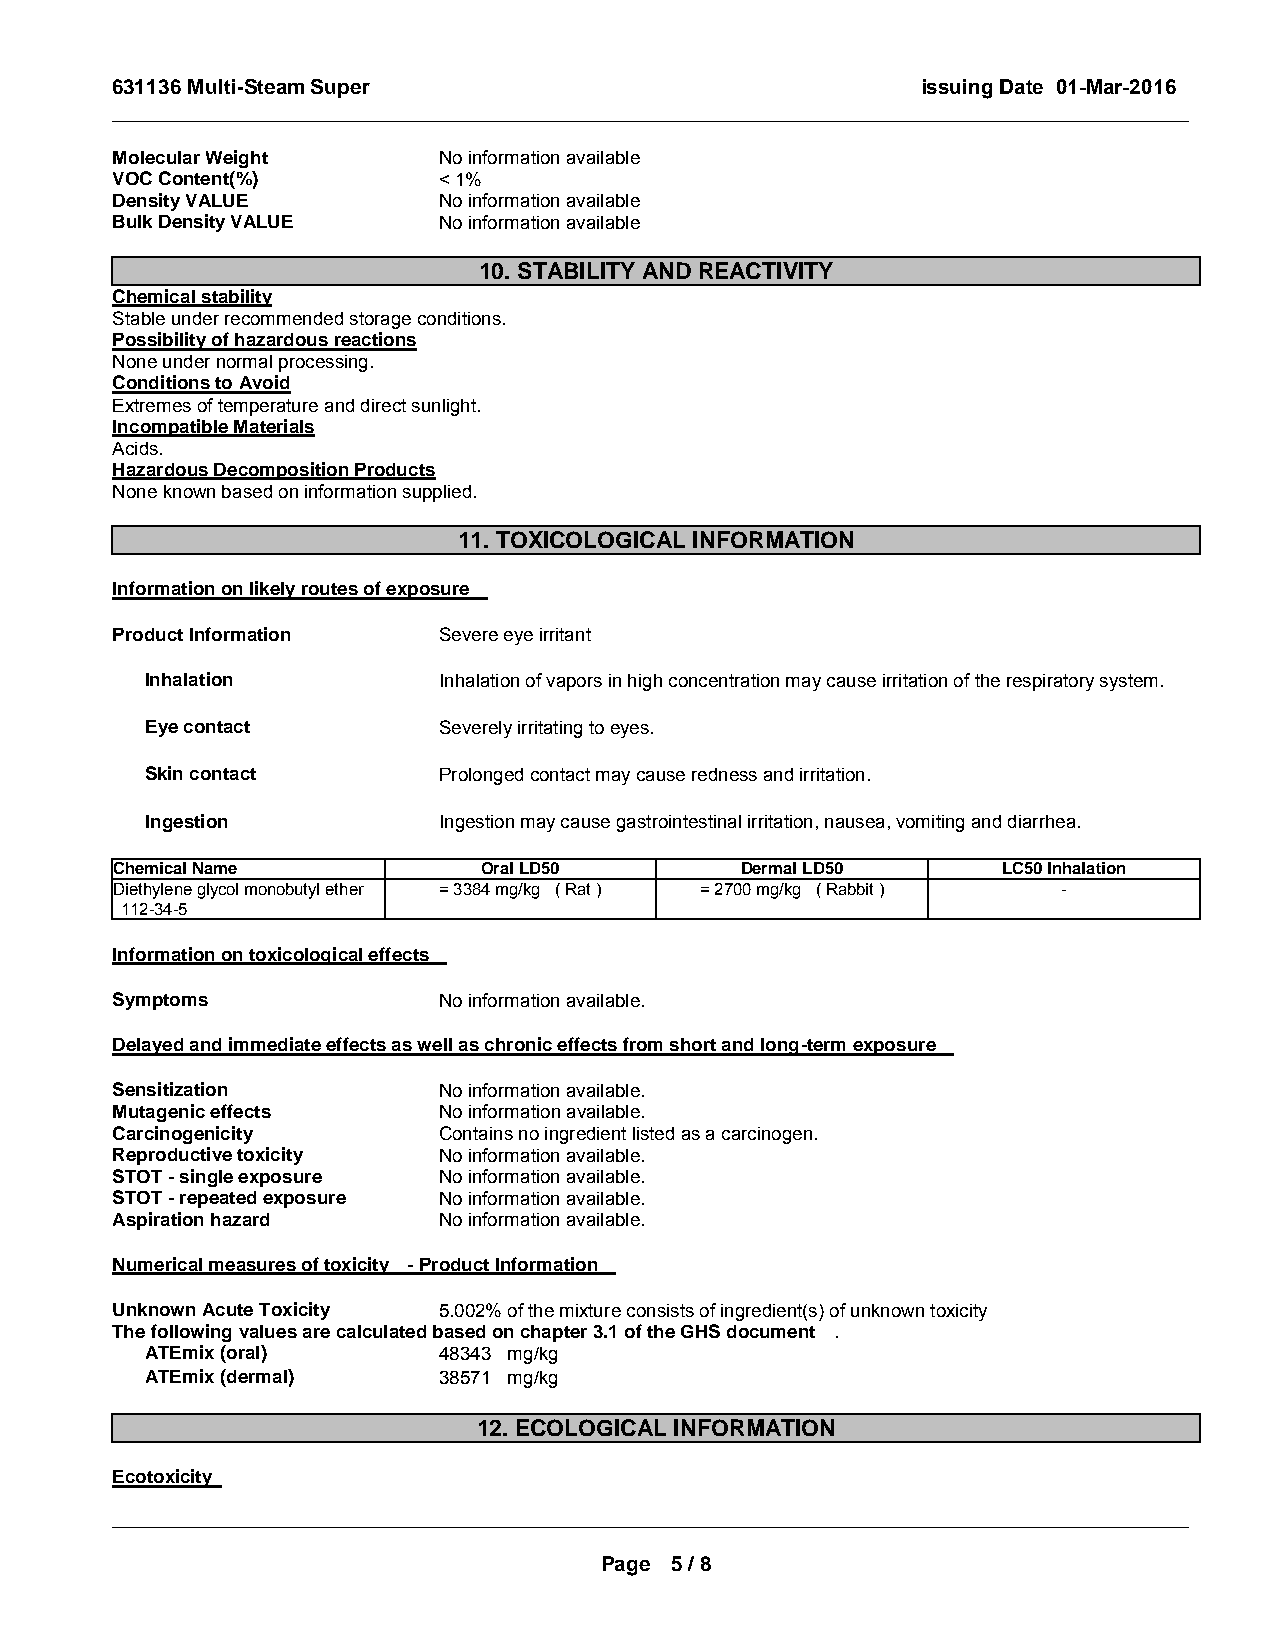
631136 Multi-Steam Super                              issuing Date 01-Mar-2016
 _____________________________________________________________________________________________
 Molecular Weight      No information available
 VOC Content(%)        < 1%
 Density VALUE         No information available
 Bulk Density VALUE    No information available
 10. STABILITY AND REACTIVITY
 Chemical stability
 Stable under recommended storage conditions.
 Possibility of hazardous reactions
 None under normal processing.
 Conditions to Avoid
 Extremes of temperature and direct sunlight.
 Incompatible Materials
 Acids.
 Hazardous Decomposition Products
 None known based on information supplied.
 11. TOXICOLOGICAL INFORMATION
 Information on likely routes of exposure
 Product Information   Severe eye irritant
 Inhalation         Inhalation of vapors in high concentration may cause irritation of the respiratory system.
 Eye contact        Severely irritating to eyes.
 Skin contact       Prolonged contact may cause redness and irritation.
 Ingestion          Ingestion may cause gastrointestinal irritation, nausea, vomiting and diarrhea.
 Chemical Name            Oral LD50        Dermal LD50      LC50 Inhalation
 Diethylene glycol monobutyl ether = 3384 mg/kg ( Rat ) = 2700 mg/kg ( Rabbit ) -
 112-34-5
 Information on toxicological effects
 Symptoms              No information available.
 Delayed and immediate effects as well as chronic effects from short and long-term exposure
 Sensitization         No information available.
 Mutagenic effects     No information available.
 Carcinogenicity       Contains no ingredient listed as a carcinogen.
 Reproductive toxicity No information available.
 STOT - single exposure No information available.
 STOT - repeated exposure No information available.
 Aspiration hazard     No information available.
 Numerical measures of toxicity - Product Information
 Unknown Acute Toxicity 5.002% of the mixture consists of ingredient(s) of unknown toxicity
 The following values are calculated based on chapter 3.1 of the GHS document .
 ATEmix (oral)      48343 mg/kg
 ATEmix (dermal)    38571 mg/kg
 12. ECOLOGICAL INFORMATION
 Ecotoxicity
 _____________________________________________________________________________________________
 Page 5 / 8